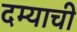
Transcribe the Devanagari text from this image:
दम्याची